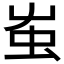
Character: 𧈪